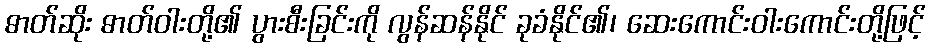
ဓာတ်ဆိုး ဓာတ်ဝါးတို့၏ ပွားစီးခြင်းကို လွန်ဆန်နိုင် ခုခံနိုင်၏၊ ဆေးကောင်းဝါးကောင်းတို့ဖြင့်